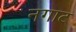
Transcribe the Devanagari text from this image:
नगाट